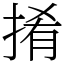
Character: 𢯎